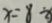
x = 8 \div